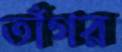
তাঁগর